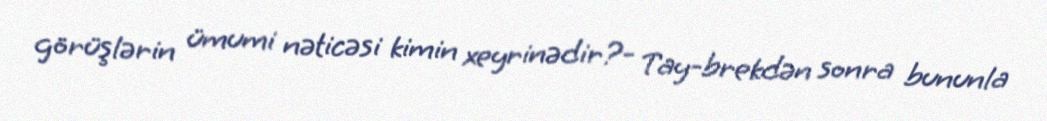
görüşlərin ümumi nəticəsi kimin xeyrinədir?- Tay-brekdən sonra bununla